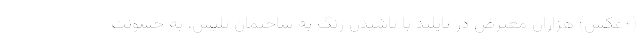
(+عکس) هزاران معترض در تایلند با پاشیدن رنگ به ساختمان پلیس، به خشونت